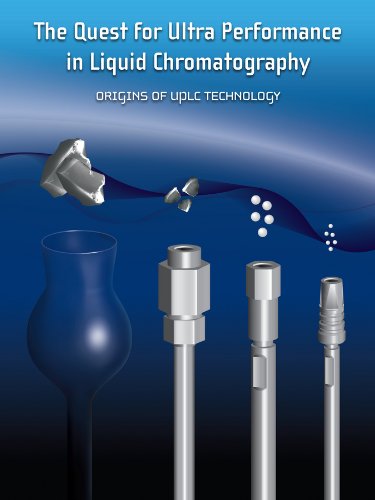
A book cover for The Quest for Ultra Performance in Liquid Chromatography: Origins of UPLC Technology (Waters Series); Waters Corporation; Science & Math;